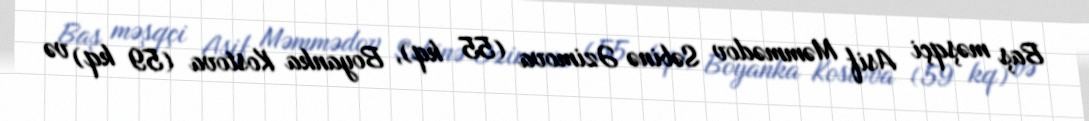
Baş məşqçi Asif Məmmədov Səbinə Əzimova (55 kq), Boyanka Kostova (59 kq) və